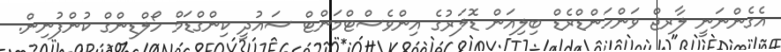
އެގެންނަނީ ލާރޖް ވަންހަންޑްރެޑް ބިލިއަން ޑޮލަރުގެ އިންވެސްޓްމަންޓް ސައުދީ ކިންގްޑަމް ހޯލްޑިންގް ކުންފުނިން.